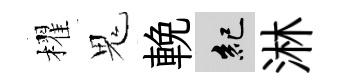
櫂鬼輓紀淋